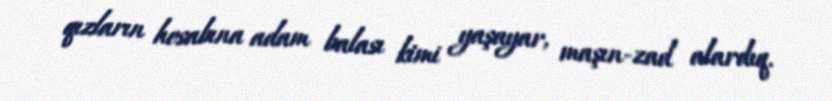
qızların hesabına adam balası kimi yaşayar, maşın-zad alardıq.